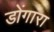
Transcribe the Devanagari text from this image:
डोंगारा